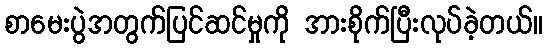
စာမေးပွဲအတွက်ပြင်ဆင်မှုကို အားစိုက်ပြီးလုပ်ခဲ့တယ်။